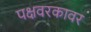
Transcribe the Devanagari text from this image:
पक्षवरकावर